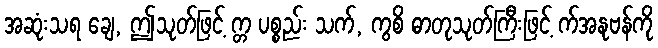
အဆုံးသရ ချေ, ဤသုတ်ဖြင့် က္တ ပစ္စည်း သက်, ကွစိ ဓာတုသုတ်ကြီးဖြင့် က်အနုဗန်ကို